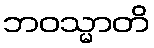
ဘဝသ္မာတိ